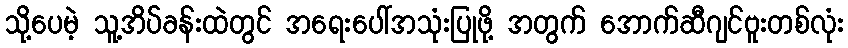
သို့ပေမဲ့ သူ့အိပ်ခန်းထဲတွင် အရေးပေါ်အသုံးပြုဖို့ အတွက် အောက်ဆီဂျင်ဗူးတစ်လုံး